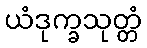
ယံဒုက္ခသုတ္တံ